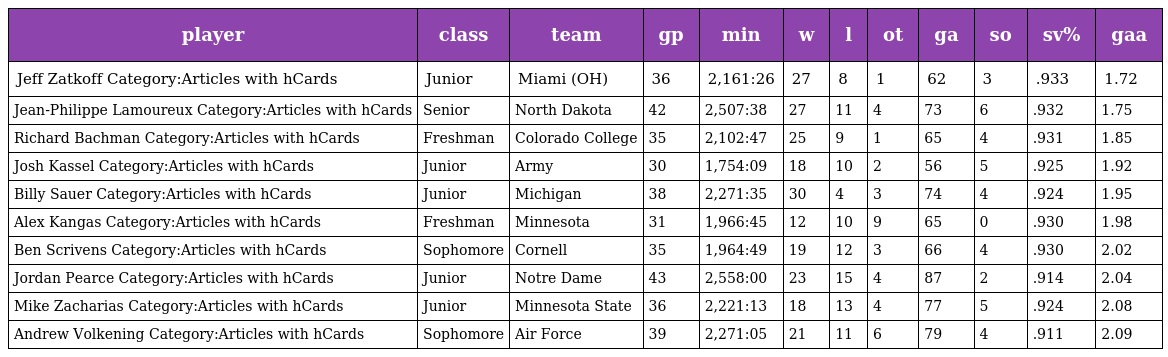
| player | class | team | gp | min | w | l | ot | ga | so | sv% | gaa |
 | --- | --- | --- | --- | --- | --- | --- | --- | --- | --- | --- | --- |
 | Jeff Zatkoff Category:Articles with hCards | Junior | Miami (OH) | 36 | 2,161:26 | 27 | 8 | 1 | 62 | 3 | .933 | 1.72 |
 | Jean-Philippe Lamoureux Category:Articles with hCards | Senior | North Dakota | 42 | 2,507:38 | 27 | 11 | 4 | 73 | 6 | .932 | 1.75 |
 | Richard Bachman Category:Articles with hCards | Freshman | Colorado College | 35 | 2,102:47 | 25 | 9 | 1 | 65 | 4 | .931 | 1.85 |
 | Josh Kassel Category:Articles with hCards | Junior | Army | 30 | 1,754:09 | 18 | 10 | 2 | 56 | 5 | .925 | 1.92 |
 | Billy Sauer Category:Articles with hCards | Junior | Michigan | 38 | 2,271:35 | 30 | 4 | 3 | 74 | 4 | .924 | 1.95 |
 | Alex Kangas Category:Articles with hCards | Freshman | Minnesota | 31 | 1,966:45 | 12 | 10 | 9 | 65 | 0 | .930 | 1.98 |
 | Ben Scrivens Category:Articles with hCards | Sophomore | Cornell | 35 | 1,964:49 | 19 | 12 | 3 | 66 | 4 | .930 | 2.02 |
 | Jordan Pearce Category:Articles with hCards | Junior | Notre Dame | 43 | 2,558:00 | 23 | 15 | 4 | 87 | 2 | .914 | 2.04 |
 | Mike Zacharias Category:Articles with hCards | Junior | Minnesota State | 36 | 2,221:13 | 18 | 13 | 4 | 77 | 5 | .924 | 2.08 |
 | Andrew Volkening Category:Articles with hCards | Sophomore | Air Force | 39 | 2,271:05 | 21 | 11 | 6 | 79 | 4 | .911 | 2.09 |